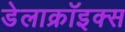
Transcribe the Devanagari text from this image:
डेलाक्रॉइक्स